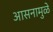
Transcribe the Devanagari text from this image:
आसनामुळे